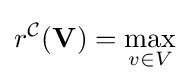
r^{\mathcal {C}}(\mathbf {V} )={\underset {v\in V}{\max }}